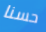
حسنا